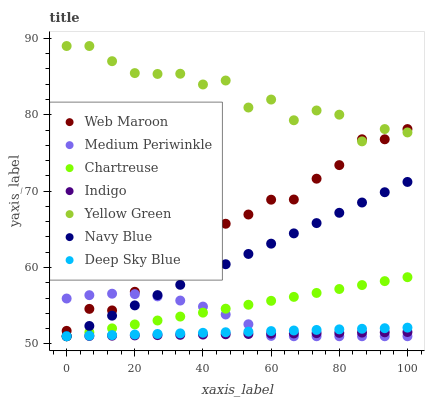
| xaxis_label | Web Maroon | Medium Periwinkle | Chartreuse | Indigo | Yellow Green | Navy Blue | Deep Sky Blue |
 | --- | --- | --- | --- | --- | --- | --- | --- |
 | 0 | 51.7 | 55.9 | 51 | 51 | 89 | 51 | 51 |
 | 6.67 | 54.6 | 56.4 | 51.5 | 51 | 89 | 52.3 | 51.1 |
 | 13.3 | 54.4 | 56.6 | 52 | 51.1 | 87 | 53.7 | 51.2 |
 | 20 | 56.8 | 56.5 | 52.5 | 51.1 | 85.5 | 55 | 51.2 |
 | 26.7 | 60.2 | 56.2 | 53.1 | 51.1 | 85.3 | 56.4 | 51.3 |
 | 33.3 | 60.5 | 55.7 | 53.6 | 51.2 | 85.4 | 57.7 | 51.4 |
 | 40 | 63 | 54.9 | 54.1 | 51.2 | 84 | 59.1 | 51.5 |
 | 46.7 | 65.7 | 53.9 | 54.6 | 51.3 | 84.5 | 60.4 | 51.5 |
 | 53.3 | 66.9 | 52.6 | 55.1 | 51.3 | 80.9 | 61.8 | 51.6 |
 | 60 | 68.9 | 51 | 55.6 | 51.3 | 82 | 63.1 | 51.7 |
 | 66.7 | 68.9 | 51 | 56.2 | 51.4 | 79.3 | 64.5 | 51.8 |
 | 73.3 | 71.6 | 51 | 56.7 | 51.4 | 80.6 | 65.8 | 51.8 |
 | 80 | 73.4 | 51 | 57.2 | 51.4 | 80 | 67.2 | 51.9 |
 | 86.7 | 76.8 | 51 | 57.7 | 51.5 | 76.5 | 68.5 | 52 |
 | 93.3 | 76.8 | 51 | 58.2 | 51.5 | 78.1 | 69.9 | 52.1 |
 | 100 | 78.1 | 51 | 58.7 | 51.6 | 77.7 | 71.2 | 52.1 |